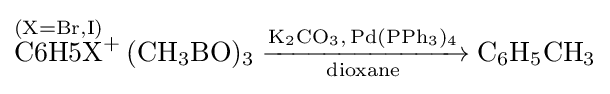
{\ce {{\overset {(X = Br, I)}{C6H5X}}+ (CH3BO)3 ->[{\ce {K2CO3, Pd(PPh3)4}}][{\ce {dioxane}}] C6H5CH3}}